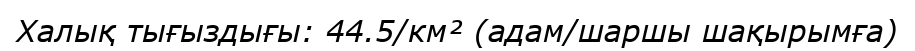
Халық тығыздығы: 44.5/км² (адам/шаршы шақырымға)